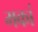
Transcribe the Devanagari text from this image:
मकां